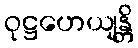
ဝုဋ္ဌဟေယျန္တိ